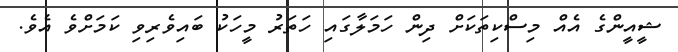
ޝީއީންގެ އެއް މިސްކިތަކަށް ދިން ހަމަލާގައި ހަތަރު މީހަކު ބައިވެރިވި ކަމަށްވެ އެވެ.